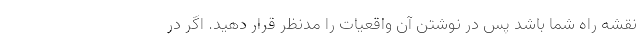
نقشه راه شما باشد پس در نوشتن آن واقعیات را مدنظر قرار دهید. اگر در